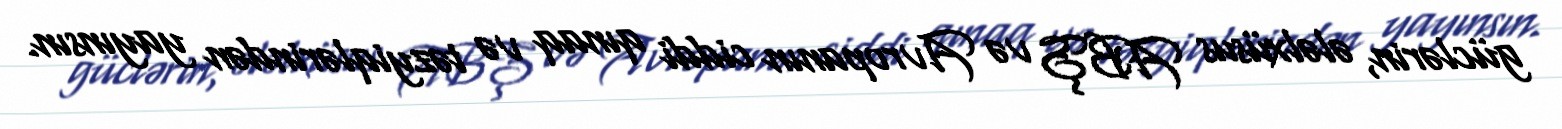
güclərin, ələlxüsus ABŞ və Avropanın ciddi qınaq və təzyiqlərindən yayınsın.